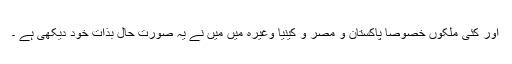
اور کئی ملکوں خصوصا پاکستان و مصر و کینیا وغیرہ میں میں نے یہ صورت حال بذات خود دیکھی ہے ۔